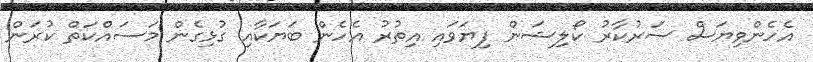
އެހެންވިޔަސް ސަރުކާރު ކޯލިޝަން ފިޔަވައި އިތުރު އެހެން ބަޔަކާއި ގުޅިގެން މަސައްކަތް ކުރަން